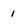
Character: 1